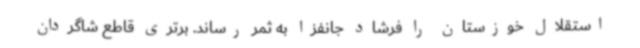
استقلال خوزستان را فرشاد جانفزا به ثمر رساند. برتری قاطع شاگردان